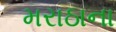
મરાઠાના